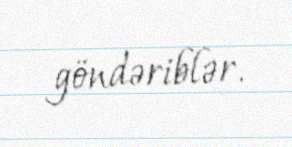
göndəriblər.